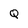
Character: Q